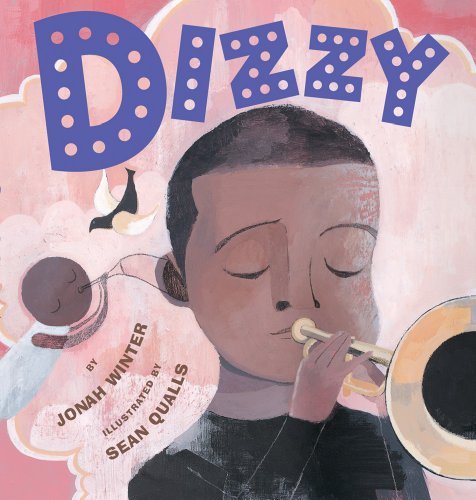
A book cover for Dizzy; Jonah Winter; Children's Books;